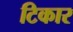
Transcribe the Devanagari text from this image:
टिकार